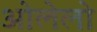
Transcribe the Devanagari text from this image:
ओलेलो